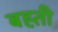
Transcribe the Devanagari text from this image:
बह्ती